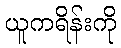
ယူကရိန်းကို